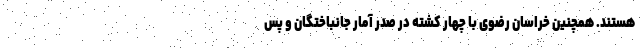
هستند. همچنین خراسان رضوی با چهار کشته در صدر آمار جانباختگان و پس